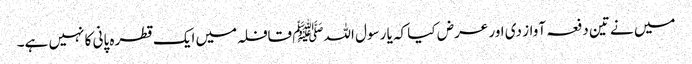
میں نے تین دفعہ آواز دی اور عرض کیا کہ یا رسول اللہﷺ قافلہ میں ایک قطرہ پانی کا نہیں ہے۔